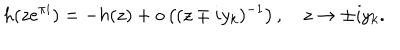
h ( z e ^ { \pi i } ) = - h ( z ) + o \left( ( z \mp i y _ { k } ) ^ { - 1 } \right) , \quad z \to \pm i y _ { k } .